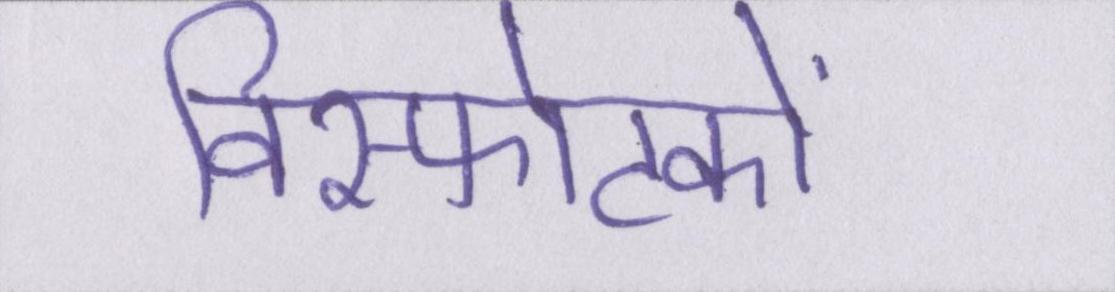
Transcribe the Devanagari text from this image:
विस्फोटकों